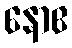
နောဧ